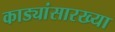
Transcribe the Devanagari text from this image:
काड्यांसारख्या